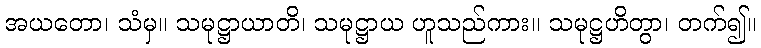
အယတော၊ သံမှ။ သမုဋ္ဌာယာတိ၊ သမုဋ္ဌာယ ဟူသည်ကား။ သမုဋ္ဌဟိတွာ၊ တက်၍။